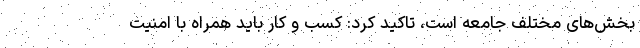
بخش‌های مختلف جامعه است، تاکید کرد: کسب و کار باید همراه با امنیت